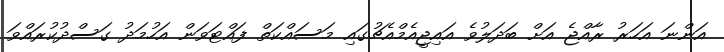
އަންނަ އަހަރު ރާއްޖެ އަށް ބަދަލުވެ އައިޖީއެމްއެޗުގައި މަސައްކަތް ފައްޓަވަން އަހުމަދު ގަސްދުކުރައްވަ